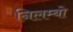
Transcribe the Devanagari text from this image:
निलम्‍बो